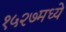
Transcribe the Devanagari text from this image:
१५२७मध्ये